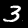
Label: 3